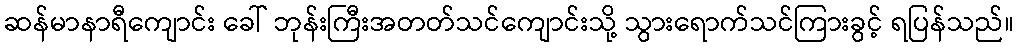
ဆန်မာနာရီကျောင်း ခေါ် ဘုန်းကြီးအတတ်သင်ကျောင်းသို့ သွားရောက်သင်ကြားခွင့် ရပြန်သည်။